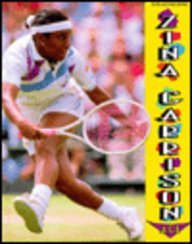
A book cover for Zina Garrison: Ace (Achievers); A. P. Porter; Children's Books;